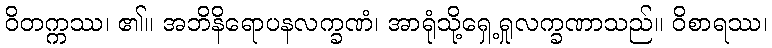
ဝိတက္ကဿ၊ ၏။ အဘိနိရောပနလက္ခဏံ၊ အာရုံသို့ရှေ့ရှုလက္ခဏာသည်။ ဝိစာရဿ၊